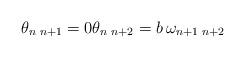
LaTeX: \begin{align*} \theta_{n\,\,n+1} = 0 \theta_{n\,\,n+2} = b\,\omega_{n+1\,\,n+2}\end{align*}